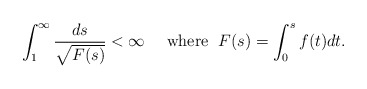
\begin{align*}\int_1^\infty\frac{ds}{\sqrt{F(s)}}<\infty\quad\mbox{ where }\; F(s)=\int_0^s f(t)dt.\end{align*}